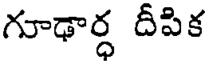
గూఢార్ధ దీపిక